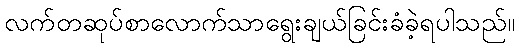
လက်တဆုပ်စာလောက်သာရွေးချယ်ခြင်းခံခဲ့ရပါသည်။